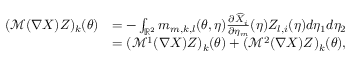
\begin{array} { r l } { ( \mathcal { M } ( \nabla \boldsymbol { X } ) Z ) _ { k } ( { \boldsymbol { \theta } } ) } & { = - \int _ { { \mathbb { R } ^ { 2 } } } m _ { m , k , l } ( { \boldsymbol { \theta } } , { \boldsymbol { \eta } } ) \frac { \partial \widehat { X } _ { i } } { \partial \eta _ { m } } ( { \boldsymbol { \eta } } ) Z _ { l , i } ( { \boldsymbol { \eta } } ) d \eta _ { 1 } d \eta _ { 2 } } \\ & { = ( \mathcal { M } ^ { 1 } ( \nabla \boldsymbol { X } ) Z ) _ { k } ( { \boldsymbol { \theta } } ) + ( \mathcal { M } ^ { 2 } ( \nabla \boldsymbol { X } ) Z ) _ { k } ( { \boldsymbol { \theta } } ) , } \end{array}